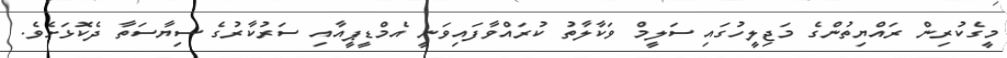
މީގެކުރިން ރައްޔިތުންގެ މަޖިލީހުގައި ސަލީމް ވަކާލާތު ކުރައްވާފައިވަނީ އެމްޑީޕީއާއި ސަރުކާރުގެ ސިޔާސަތާ ދެކޮޅަށެވެ.